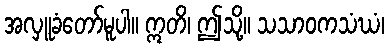
အလှူခံတော်မူပါ။ ဣတိ၊ ဤသို့။ သသာဝကသံဃံ၊